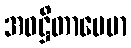
အဝဋ္ဌိတာပေမာ